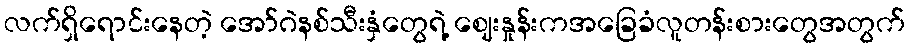
လက်ရှိရောင်းနေတဲ့ အော်ဂဲနစ်သီးနှံတွေရဲ့ ဈေးနှုန်းကအခြေခံလူတန်းစားတွေအတွက်